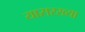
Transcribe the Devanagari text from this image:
यासरख्या